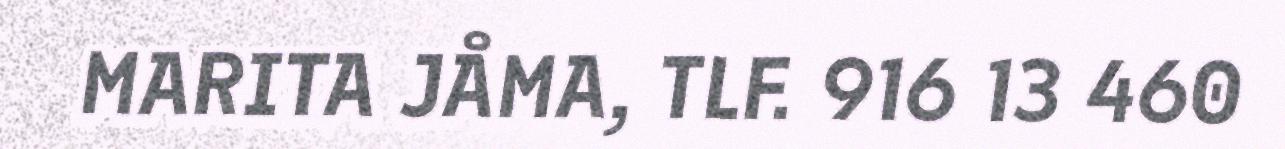
MARITA JÅMA, TLF. 916 13 460